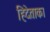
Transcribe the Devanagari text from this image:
हिदेताका